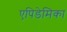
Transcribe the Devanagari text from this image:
एपिडेमिका